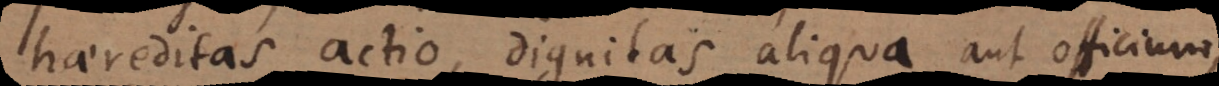
haereditas, actio, dignitas aliqua aut officium,